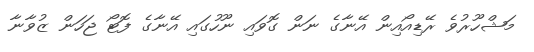
މަޝްހޫރުވެ ރޭޑިއޯއިން އޭނާގެ ނަން ގޮވައި ނޫހުގައި އޭނާގެ ފޮޓޯ ޖަހަން ޒުވާނާ